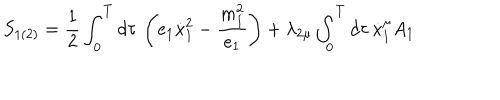
LaTeX: S _ { 1 ( 2 ) } = \frac 1 2 \int _ { 0 } ^ { T } d \tau \, \left( e _ { 1 } \dot { x } _ { 1 } ^ { 2 } - \frac { m _ { 1 } ^ { 2 } } { e _ { 1 } } \right) + \lambda _ { 2 \mu } \int _ { 0 } ^ { T } d \tau \, \dot { x } _ { 1 } ^ { \mu } A _ { 1 }